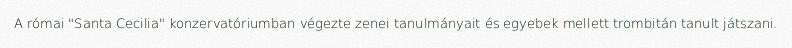
A római "Santa Cecilia" konzervatóriumban végezte zenei tanulmányait és egyebek mellett trombitán tanult játszani.